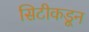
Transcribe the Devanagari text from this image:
सिटीकडून